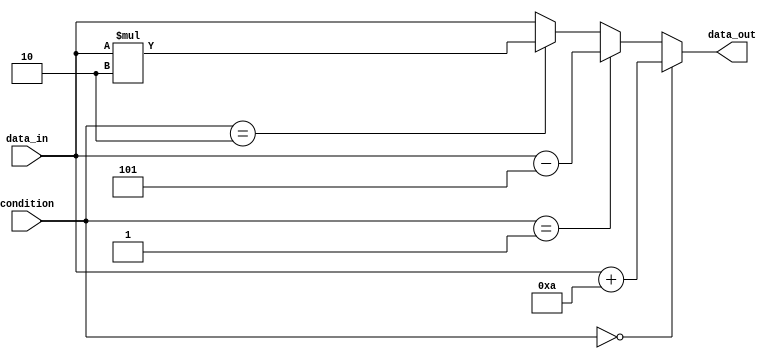
module multiple_if_else (
    input wire [3:0] condition,
    input wire [7:0] data_in,
    output reg [7:0] data_out
);

always @(*) begin
    if (condition == 4'b0000) begin
        // Condition 1
        data_out <= data_in + 8'd10;
    end
    else if (condition == 4'b0001) begin
        // Condition 2
        data_out <= data_in - 8'd5;
    end
    else if (condition == 4'b0010) begin
        // Condition 3
        data_out <= data_in * 8'd2;
    end
    else begin
        // Default condition
        data_out <= data_in;
    end
end

endmodule